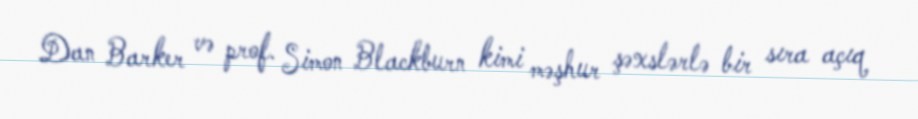
Dan Barker və prof. Simon Blackburn kimi məşhur şəxslərlə bir sıra açıq